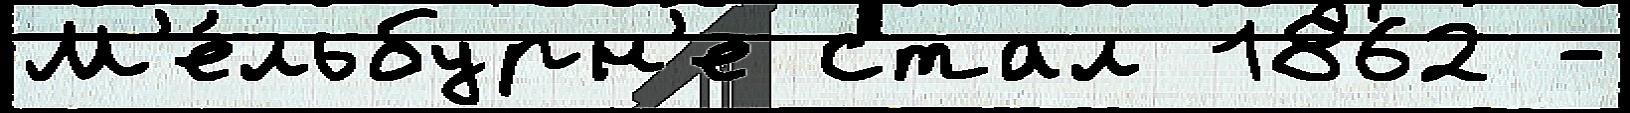
М'е́льбурн'е стал 1862 -